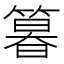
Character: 𮅾